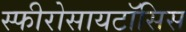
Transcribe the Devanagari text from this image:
स्फीरोसायटॉसिस